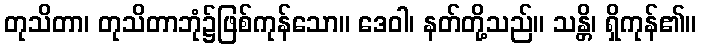
တုသိတာ၊ တုသိတာဘုံ၌ဖြစ်ကုန်သော။ ဒေဝါ၊ နတ်တို့သည်။ သန္တိ၊ ရှိကုန်၏။